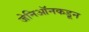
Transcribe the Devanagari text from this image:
जेनिऑनकडून